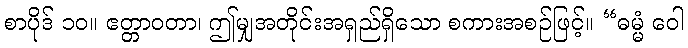
စာပိုဒ် ၁၀။ ဧတ္တာဝတာ၊ ဤမျှအတိုင်းအရှည်ရှိသော စကားအစဉ်ဖြင့်။ “ဓမ္မံ ဝေါ